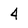
Character: 4